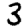
Digit: 3